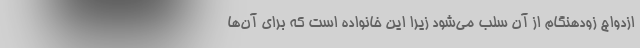
ازدواج زودهنگام از آن سلب می‌شود زیرا این خانواده است که برای آن‌ها